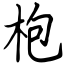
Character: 枹